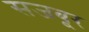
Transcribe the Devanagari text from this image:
सजबूर